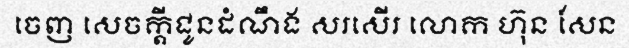
ចេញ សេចក្តីជូនដំណឹង សរសើរ លោក ហ៊ុន សែន